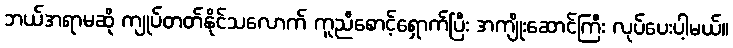
ဘယ်အရာမဆို ကျုပ်တတ်နိုင်သလောက် ကူညီစောင့်ရှောက်ပြီး အကျိုးဆောင်ကြီး လုပ်ပေးပါ့မယ်။